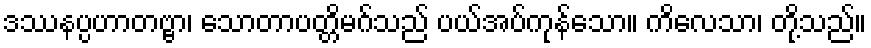
ဒဿနပ္ပဟာတဗ္ဗာ၊ သောတာပတ္တိမဂ်သည် ပယ်အပ်ကုန်သော။ ကိလေသာ၊ တို့သည်။